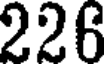
226